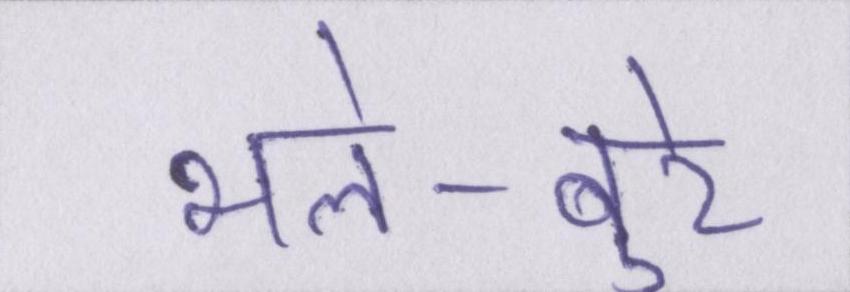
भले-बुरे